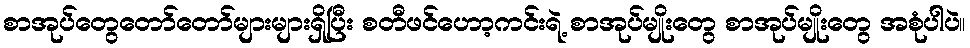
စာအုပ်တွေတော်တော်များများရှိပြီး စတီဖင်ဟော့ကင်းရဲ့ စာအုပ်မျိုးတွေ စာအုပ်မျိုးတွေ အစုံပါပဲ။